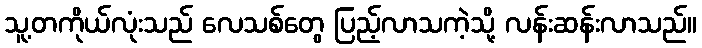
သူ့တကိုယ်လုံးသည် လေသစ်တွေ ပြည့်လာသကဲ့သို့ လန်းဆန်းလာသည်။